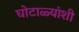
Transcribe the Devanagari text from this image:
घोटाळ्यांशी